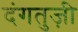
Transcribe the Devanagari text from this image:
दंगतुज़ी